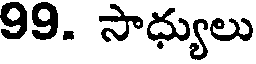
99. సాధ్యులు